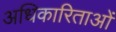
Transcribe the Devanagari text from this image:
अधिकारिताओं